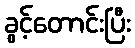
ခွင့်တောင်းပြီး